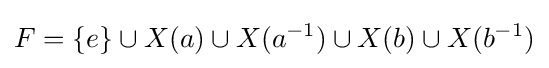
F=\{e\}\cup X(a)\cup X(a^{-1})\cup X(b)\cup X(b^{-1})